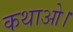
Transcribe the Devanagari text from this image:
कथाओ।